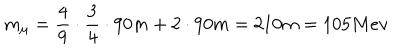
m _ { \mu } = \frac 4 9 \cdot \frac 3 4 \cdot 9 0 m + 2 \cdot 9 0 m = 2 1 0 m = 1 0 5 M e v